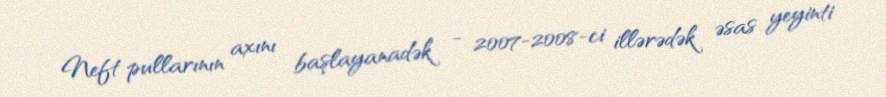
Neft pullarının axını başlayanadək - 2007-2008-ci illərədək əsas yeyinti